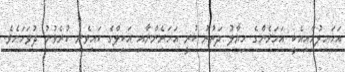
އަހައިލުމާއިއެކީ އަަހަރެންގެ ހިޔާލު ދަތުރު ކުރީ އަހަރެންނާއި އަކިލްގެ ކައިވެނި ކުރެވުނު ދުވަހަށެވެ.